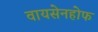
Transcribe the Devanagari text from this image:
वायसेनहोफ